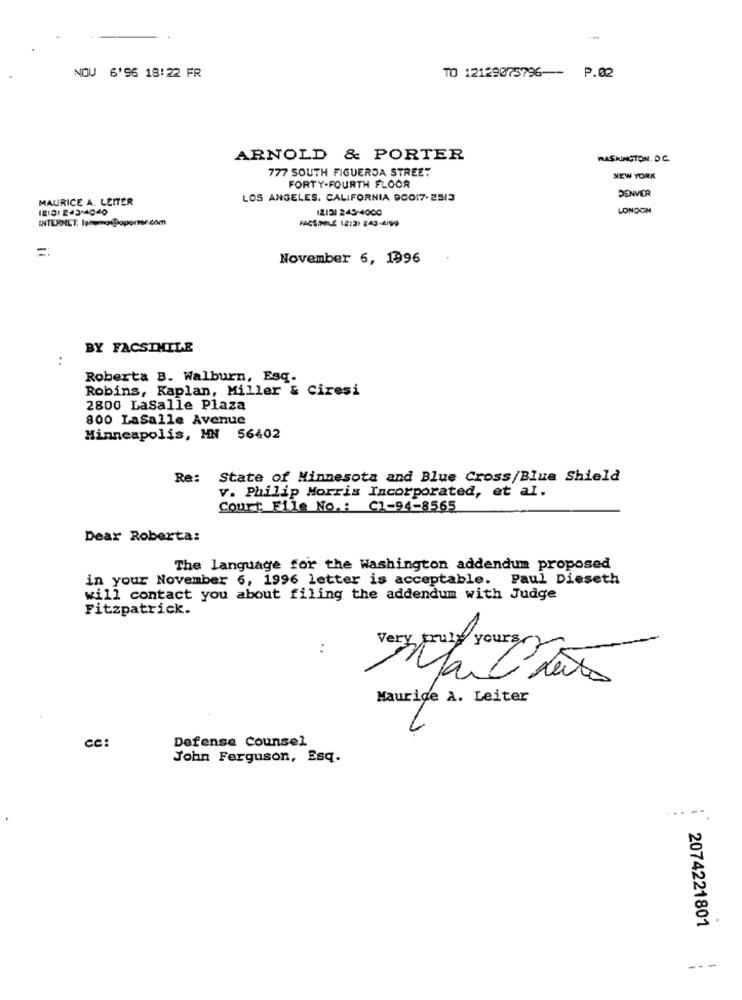
NOU 6'96 18:22 FR
TO 12129075796 --
P.02
ARNOLD & PORTER
WASHINGTON. D.C.
777 SOUTH FIGUEROA STREET
FORTY-FOURTH FLOOR
NEW YORK
DENVER
MAURICE A. LEITER
LOS ANGELES, CALIFORNIA 90017-2513
12131 245-4000
LONDON
INTERNET: lehemosDoporte.com
November 6, 1996
BY FACSIMILE
...
Roberta B. Walburn, Esq-
Robins, Kaplan, Miller & Ciresi
2800 LaSalle Plaza
800 LaSalle Avenue
Minneapolis, MN 56402
Re: State of Minnesota and Blue Cross/Blue Shield
v. Philip Morris Incorporated, et al.
Court File No .: C1-94-8565
Dear Roberta:
The language for the Washington addendum proposed
in your November 6, 1996 letter is acceptable. Paul Dieseth
will contact you about filing the addendum with Judge
Fitzpatrick.
Very truly yours
..
Maurice a. Leiter
cc:
Defense Counsel
John Ferguson, Esq.
2074221801
---